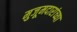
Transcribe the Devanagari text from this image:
मुजूमदारांच्या